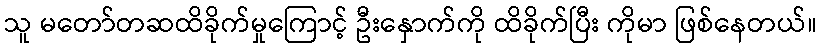
သူ မတော်တဆထိခိုက်မှုကြောင့် ဦးနှောက်ကို ထိခိုက်ပြီး ကိုမာ ဖြစ်နေတယ်။